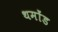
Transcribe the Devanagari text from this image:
थमोंड